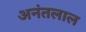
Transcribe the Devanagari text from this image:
अनंतलाल